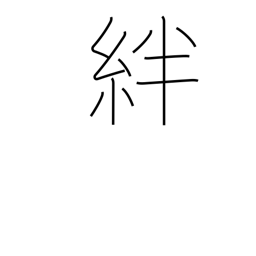
Meaning: fetters